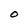
Character: O